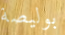
بوليصة